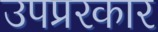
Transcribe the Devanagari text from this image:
उपप्ररकार